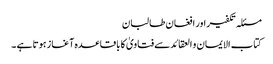
مسئلہ تکفیر اور افغان طالبان
کتاب الایمان و العقائدسے فتاویٰ کا باقاعدہ آغاز ہوتا ہے ۔